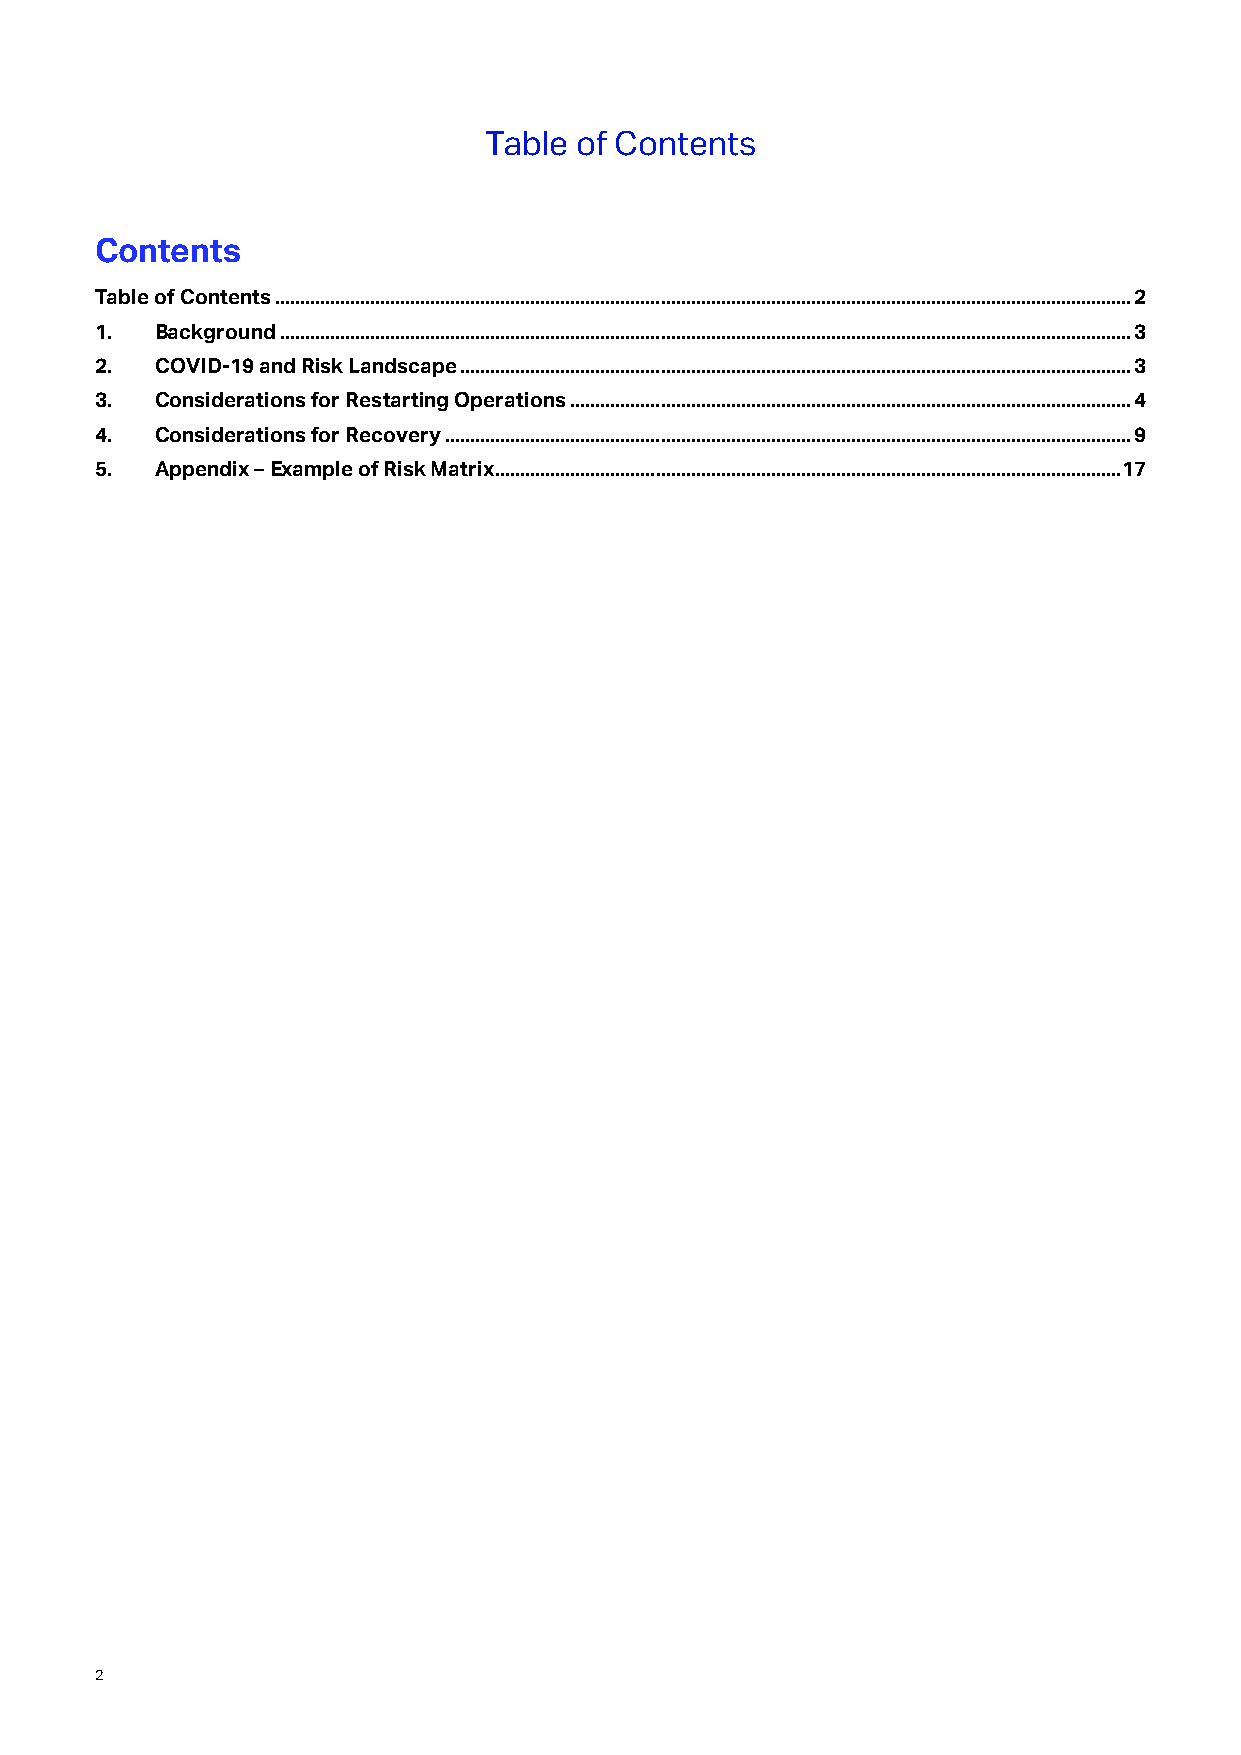
Table of Contents
 Contents
 Table of Contents ........................................................................................................................................................................... 2
 1.  Background .......................................................................................................................................................................... 3
 2.  COVID-19 and Risk Landscape ...................................................................................................................................... 3
 3.  Considerations for Restarting Operations ................................................................................................................ 4
 4.  Considerations for Recovery ......................................................................................................................................... 9
 5.  Appendix – Example of Risk Matrix ............................................................................................................................. 17
 2